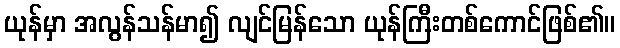
ယုန်မှာ အလွန်သန်မာ၍ လျင်မြန်သော ယုန်ကြီးတစ်ကောင်ဖြစ်၏။